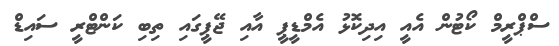
ސްޕްރީމް ކޯޓުން އެއީ އިދިކޮޅު އެމްޑީޕީ އާއި ޖޭޕީގައި ތިބި ކަންޓްރީ ސައިޑް